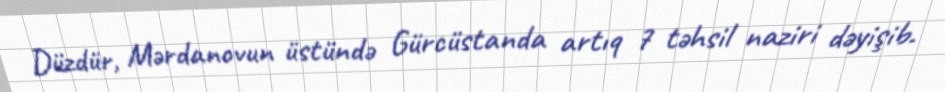
Düzdür, Mərdanovun üstündə Gürcüstanda artıq 7 təhsil naziri dəyişib.